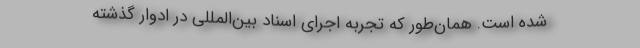
شده است. همان‌طور که تجربه اجرای اسناد ‌بین‌المللی در ادوار گذشته